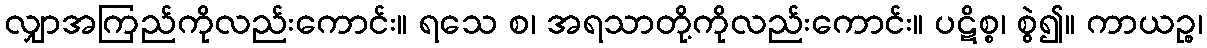
လျှာအကြည်ကိုလည်းကောင်း။ ရသေ စ၊ အရသာတို့ကိုလည်းကောင်း။ ပဋိစ္စ၊ စွဲ၍။ ကာယဉ္စ၊